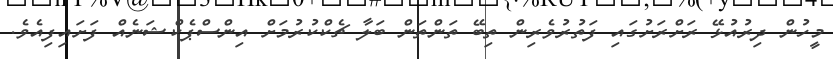
މީހުން ދިރުއުޅޭ ރަށްރަށުގައި ފަތުރުވެރިން ތިބޭ ތަންތަން ބަލާ ޗެކްކުރުމަށް އިންސްޕެކްޝަނެއް ފަށައިފިއެވެ.